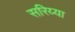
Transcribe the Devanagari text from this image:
सरिय्या